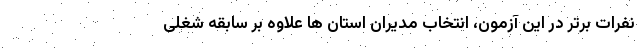
نفرات برتر در این آزمون، انتخاب مدیران استان ها علاوه بر سابقه شغلی